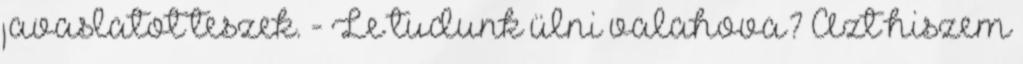
javaslatot teszek. - Le tudunk ülni valahova? Azt hiszem